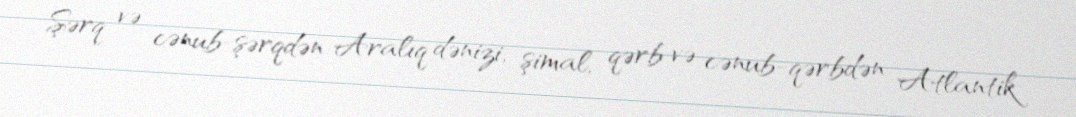
Şərq və cənub-şərqdən Aralıq dənizi, şimal, qərb və cənub-qərbdən Atlantik